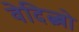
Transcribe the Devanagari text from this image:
वेदित्ब्बो